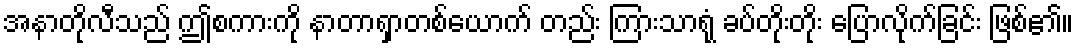
အနာတိုလီသည် ဤစကားကို နာတာရှာတစ်ယောက် တည်း ကြားသာရုံ ခပ်တိုးတိုး ပြောလိုက်ခြင်း ဖြစ်၏။